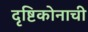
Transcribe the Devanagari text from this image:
दृष्टिकोनाची